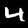
Digit: 4